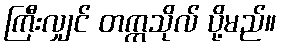
ကြီးလျှင် တက္ကသိုလ် ပို့မည်။